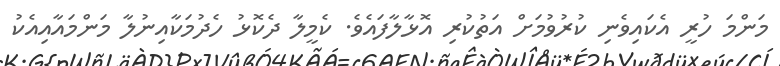
މަންމަ ހުރީ އެކައިވެނި ކުރުވުމަށް އަތުކުރި އޮޅާލާފައެވެ. ކެމީލާ ދެކޮޅު ހެދުމަކާއިނުލާ މަންމައާއިއެކު